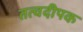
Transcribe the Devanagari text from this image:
तत्वदीपक